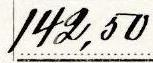
142,50